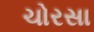
ચોરસા